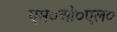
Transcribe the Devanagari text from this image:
एम०ओ०एल०